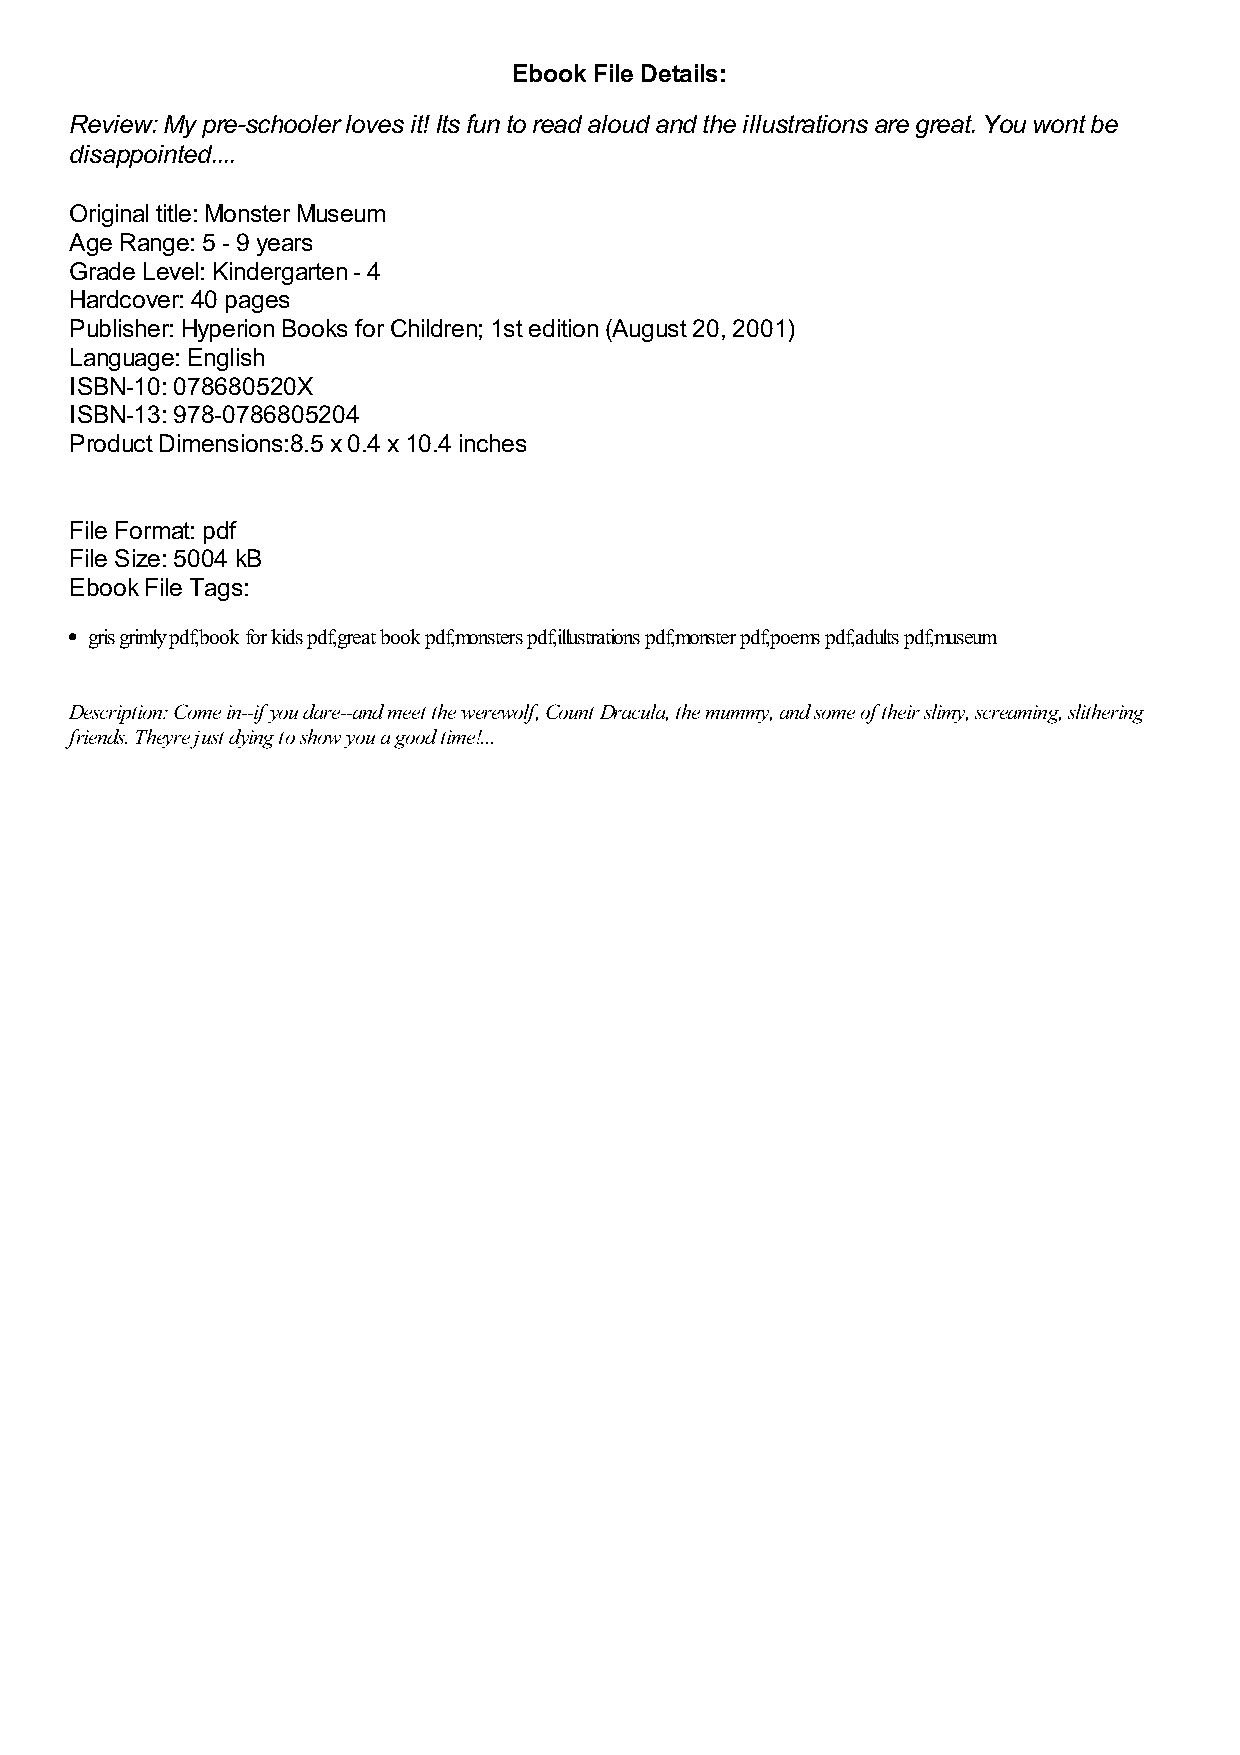
Ebook File Details:
 Review: My pre-schooler loves it! Its fun to read aloud and the illustrations are great. You wont be
 disappointed....
 Original title: Monster Museum
 Age Range: 5 - 9 years
 Grade Level: Kindergarten - 4
 Hardcover: 40 pages
 Publisher: Hyperion Books for Children; 1st edition (August 20, 2001)
 Language: English
 ISBN-10: 078680520X
 ISBN-13: 978-0786805204
 Product Dimensions:8.5 x 0.4 x 10.4 inches
 File Format: pdf
 File Size: 5004 kB
 Ebook File Tags:
 gris grimly pdf,book for kids pdf,great book pdf,monsters pdf,illustrations pdf,monster pdf,poems pdf,adults pdf,museum
 Description: Come in--if you dare--and meet the werewolf, Count Dracula, the mummy, and some of their slimy, screaming, slithering
 friends. Theyre just dying to show you a good time!...